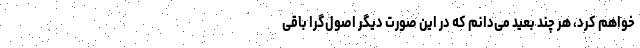
خواهم کرد، هر چند بعید می‌دانم که در این صورت دیگر اصول‌گرا باقی